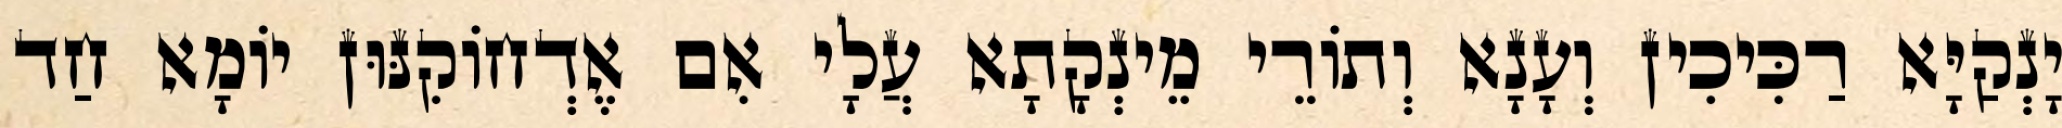
יָנְקַיָּא רַכִּיכִין וְעָנָא וְתוֹרֵי מֵינְקָתָא עֲלָי אִם אֶדְחוֹקִנּוּן יוֹמָא חַד